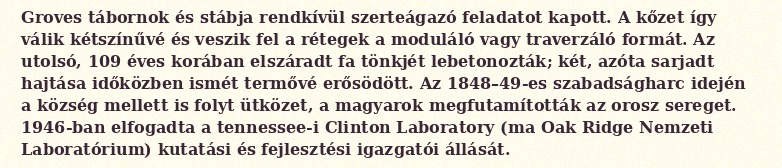
Groves tábornok és stábja rendkívül szerteágazó feladatot kapott. A kőzet így válik kétszínűvé és veszik fel a rétegek a moduláló vagy traverzáló formát. Az utolsó, 109 éves korában elszáradt fa tönkjét lebetonozták; két, azóta sarjadt hajtása időközben ismét termővé erősödött. Az 1848–49-es szabadságharc idején a község mellett is folyt ütközet, a magyarok megfutamították az orosz sereget. 1946-ban elfogadta a tennessee-i Clinton Laboratory (ma Oak Ridge Nemzeti Laboratórium) kutatási és fejlesztési igazgatói állását.